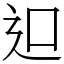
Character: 𨑕